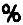
%